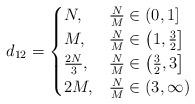
LaTeX: \begin{align*}d_{12}= \begin{cases} N, &\frac{N}{M}\in\left(0,1\right]\\ M, &\frac{N}{M}\in\left(1,\frac{3}{2}\right] \\ \frac{2N}{3}, &\frac{N}{M}\in\left(\frac{3}{2},3\right] \\ 2M, &\frac{N}{M}\in\left(3,\infty\right) \\\end{cases}\end{align*}